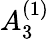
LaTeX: {A}_{3}^{(1)}